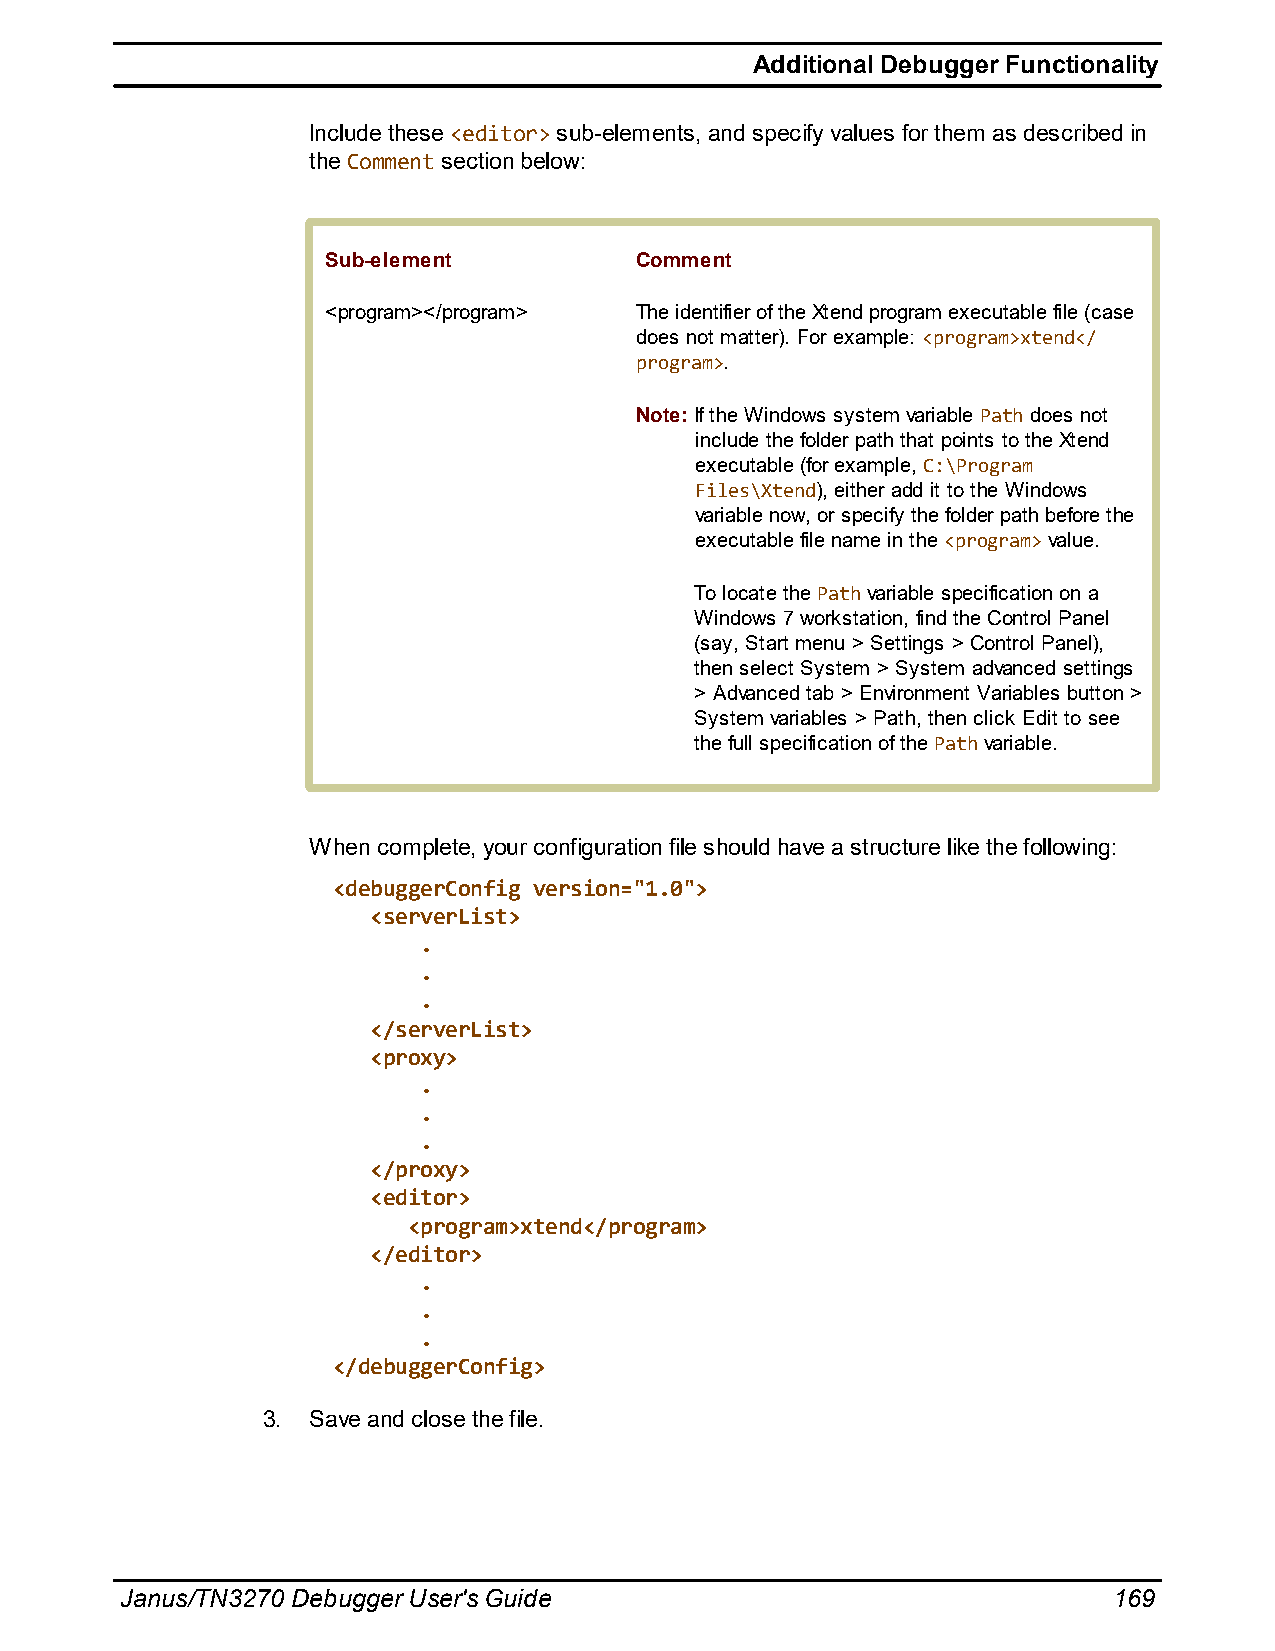
Additional Debugger Functionality
 Include these <editor> sub-elements, and specify values for them as described in
 the Comment section below:
 Sub-element         Comment
 <program></program> The identifier of the Xtend program executable file (case
 does not matter). For example: <program>xtend</
 program>.
 Note: If the Windows system variable Path does not
 include the folder path that points to the Xtend
 executable (for example, C:\Program
 Files\Xtend), either add it to the Windows
 variable now, or specify the folder path before the
 executable file name in the <program> value.
 To locate the Path variable specification on a
 Windows 7 workstation, find the Control Panel
 (say, Start menu > Settings > Control Panel),
 then select System > System advanced settings
 > Advanced tab > Environment Variables button >
 System variables > Path, then click Edit to see
 the full specification of the Path variable.
 When complete, your configuration file should have a structure like the following:
 <debuggerConfig version="1.0">
 <serverList>
 .
 .
 .
 </serverList>
 <proxy>
 .
 .
 .
 </proxy>
 <editor>
 <program>xtend</program>
 </editor>
 .
 .
 .
 </debuggerConfig>
 3. Save and close the file.
 Janus/TN3270 Debugger User's Guide                                169